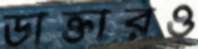
ডাক্তারও